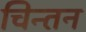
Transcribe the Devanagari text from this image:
चिन्‍तन